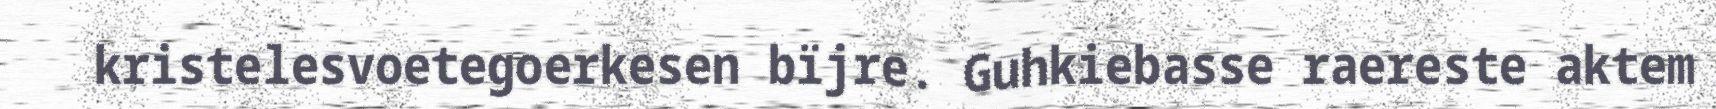
kristelesvoetegoerkesen bïjre. Guhkiebasse raereste aktem